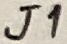
Text: J1